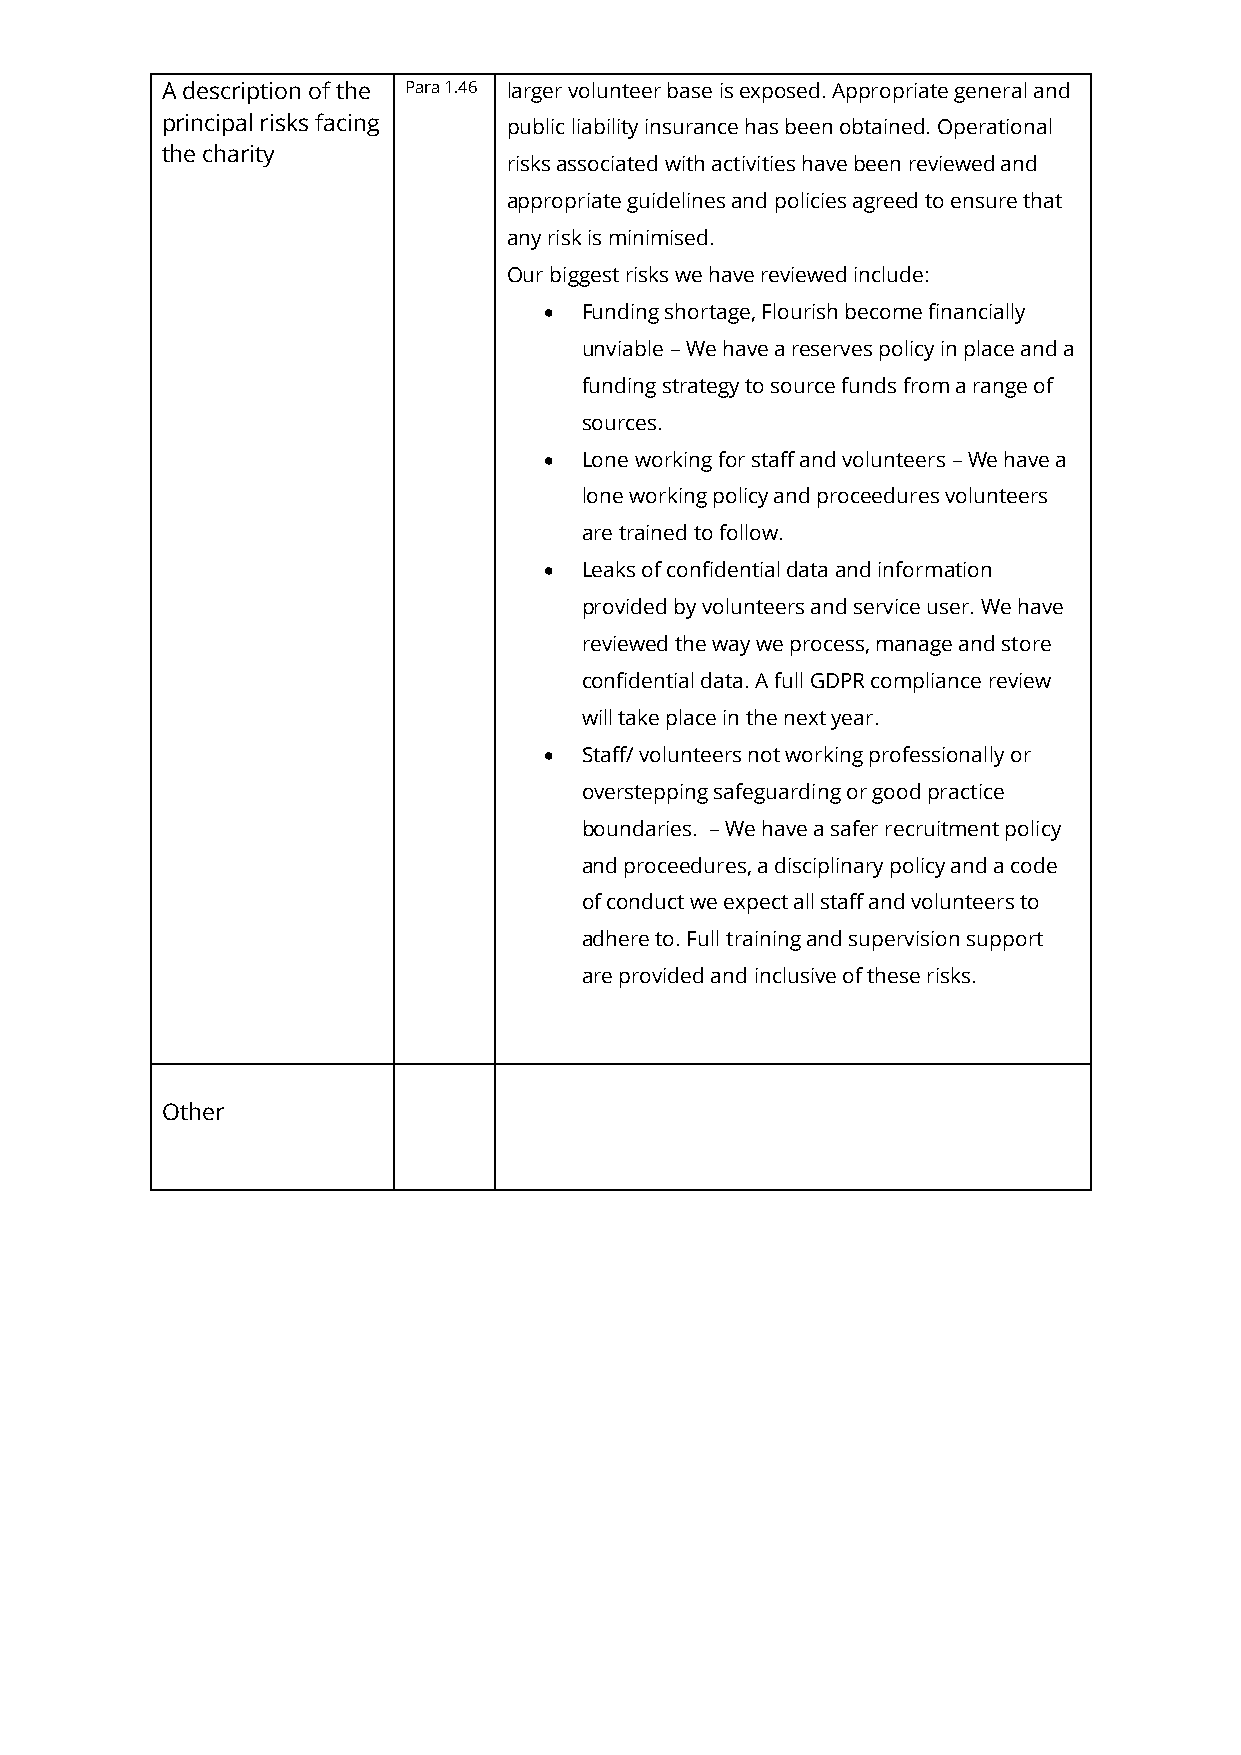
A description of the Para 1.46 larger volunteer base is exposed. Appropriate general and
 principal risks facing public liability insurance has been obtained. Operational
 the charity
 risks associated with activities have been reviewed and
 appropriate guidelines and policies agreed to ensure that
 any risk is minimised.
 Our biggest risks we have reviewed include:
 • Funding shortage, Flourish become financially
 unviable – We have a reserves policy in place and a
 funding strategy to source funds from a range of
 sources.
 • Lone working for staff and volunteers – We have a
 lone working policy and proceedures volunteers
 are trained to follow.
 • Leaks of confidential data and information
 provided by volunteers and service user. We have
 reviewed the way we process, manage and store
 confidential data. A full GDPR compliance review
 will take place in the next year.
 • Staff/ volunteers not working professionally or
 overstepping safeguarding or good practice
 boundaries. – We have a safer recruitment policy
 and proceedures, a disciplinary policy and a code
 of conduct we expect all staff and volunteers to
 adhere to. Full training and supervision support
 are provided and inclusive of these risks.
 Other